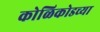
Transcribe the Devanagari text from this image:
कोळिकोडच्या